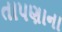
તાપણાના